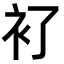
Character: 𧘈